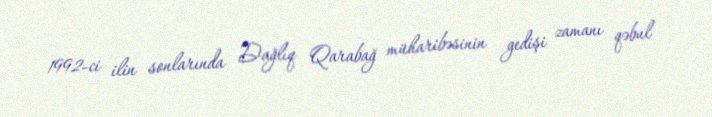
1992-ci ilin sonlarında Dağlıq Qarabağ müharibəsinin gedişi zamanı qəbul